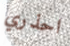
احذري